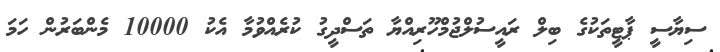
ސިޔާސީ ޕާޓީތަކުގެ ބިލް ރައީސުލްޖުމްހޫރިއްޔާ ތަސްދީގު ކުރެއްވުމާ އެކު 10000 މެންބަރުން ހަމަ